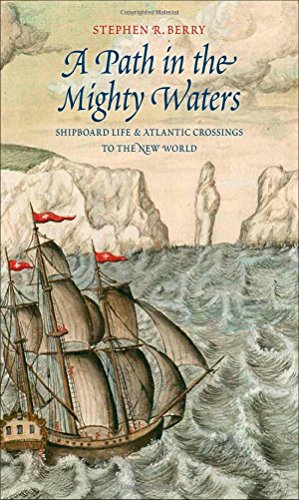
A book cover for A Path in the Mighty Waters: Shipboard Life and Atlantic Crossings to the New World; Stephen R. Berry; History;